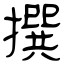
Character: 撰